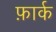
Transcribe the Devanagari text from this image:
फ़ार्क